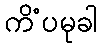
ကိံပမုခါ